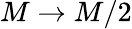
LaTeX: M\rightarrow M/2